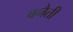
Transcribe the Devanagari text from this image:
बनैती